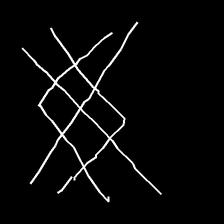
Glyph: crystal